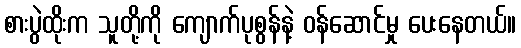
စားပွဲထိုးက သူတို့ကို ကျောက်ပုစွန်နဲ့ ဝန်ဆောင်မှု ပေးနေတယ်။